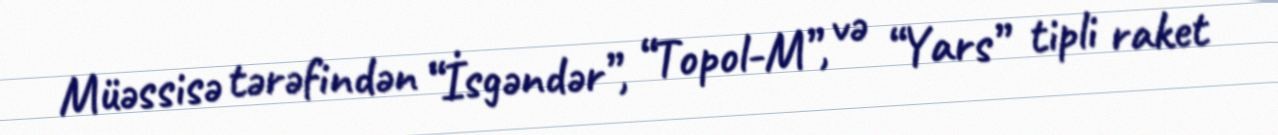
Müəssisə tərəfindən “İsgəndər”, “Topol-M”, və “Yars” tipli raket